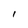
Character: l